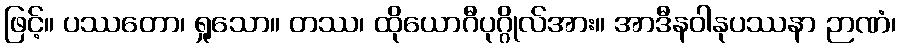
ဖြင့်။ ပဿတော၊ ရှုသော။ တဿ၊ ထိုယောဂီပုဂ္ဂိုလ်အား။ အာဒီနဝါနုပဿနာ ဉာဏံ၊